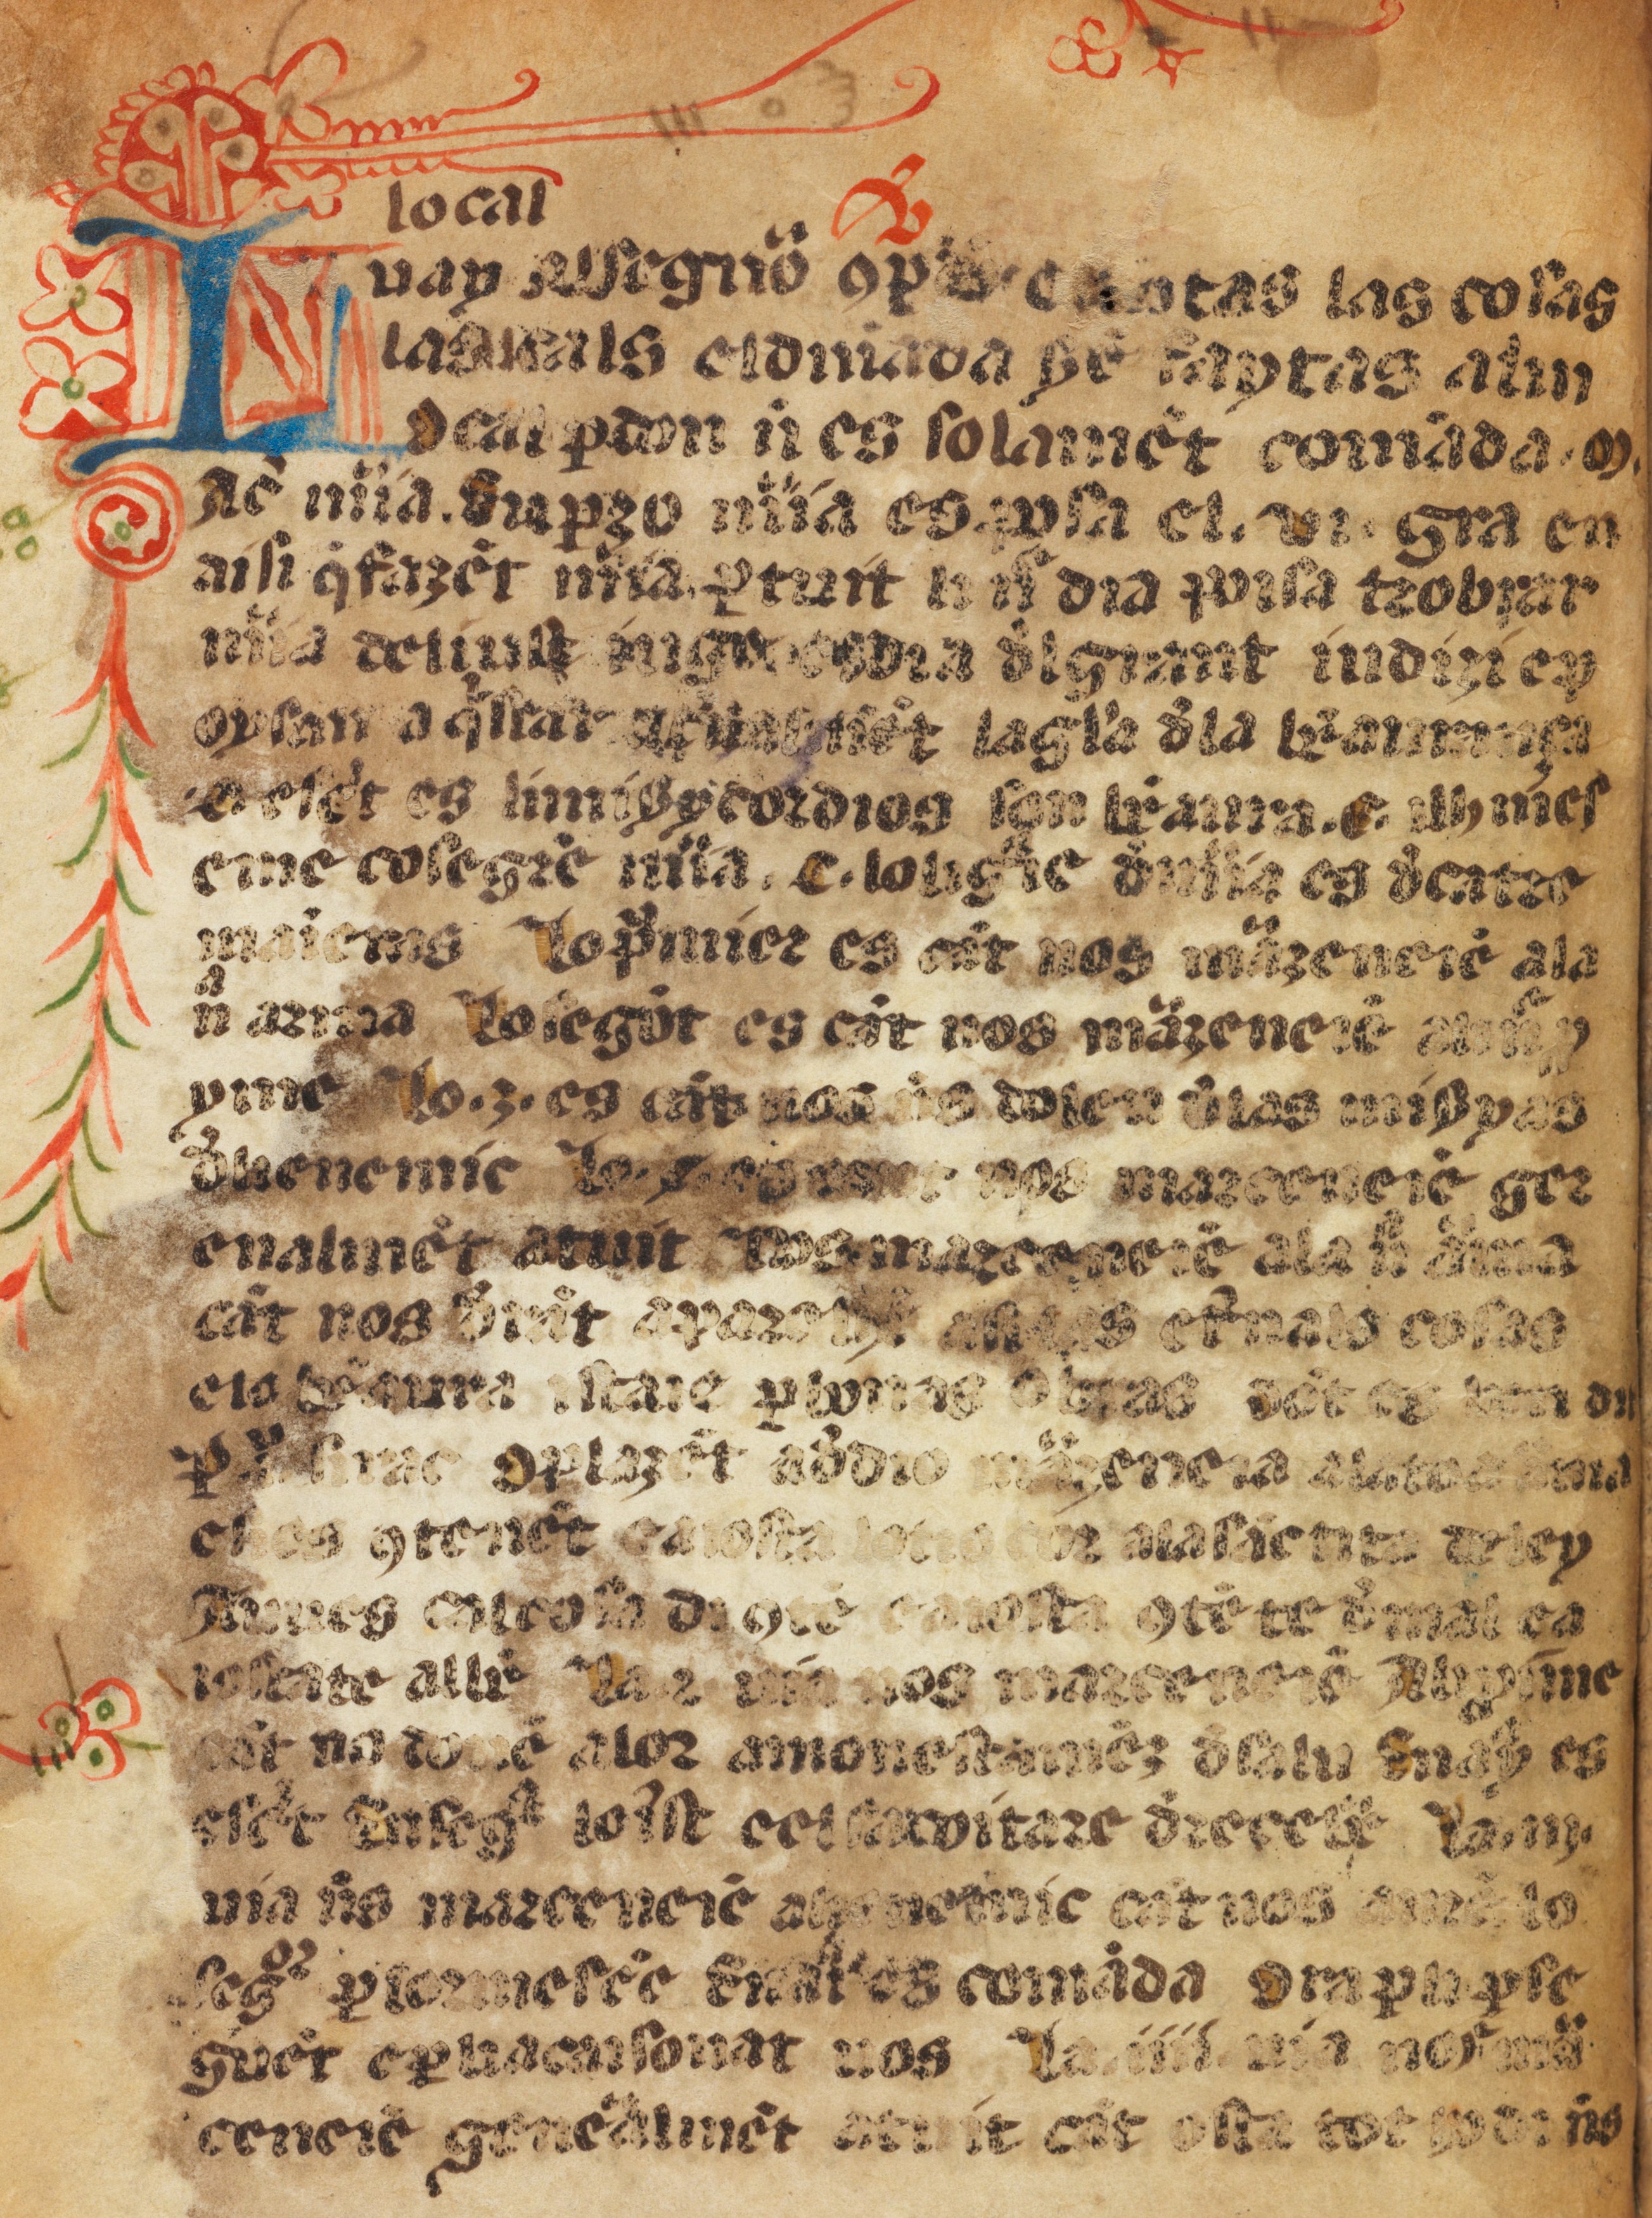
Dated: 1400–1499